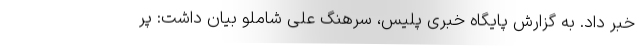
خبر داد. به گزارش پایگاه خبری پلیس، سرهنگ علی شاملو بیان داشت: پر